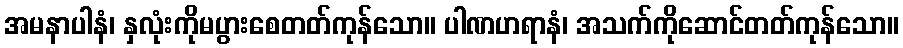
အမနာပါနံ၊ နှလုံးကိုမပွားစေတတ်ကုန်သော။ ပါဏဟရာနံ၊ အသက်ကိုဆောင်တတ်ကုန်သော။